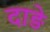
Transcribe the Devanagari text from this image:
दाड़े